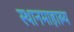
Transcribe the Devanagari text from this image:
स्थानमाहात्म्य